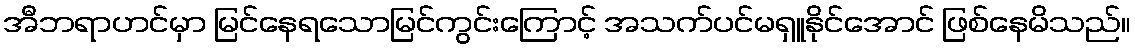
အီဘရာဟင်မှာ မြင်နေရသောမြင်ကွင်းကြောင့် အသက်ပင်မရှူနိုင်အောင် ဖြစ်နေမိသည်။